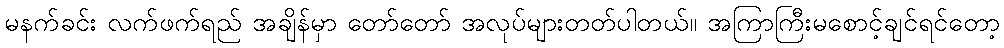
မနက်ခင်း လက်ဖက်ရည် အချိန်မှာ တော်တော် အလုပ်များတတ်ပါတယ်။ အကြာကြီးမစောင့်ချင်ရင်တော့